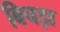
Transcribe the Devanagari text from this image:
बिचड़ा